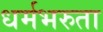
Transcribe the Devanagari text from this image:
धर्मभरुता